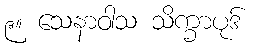
၉။ သေနာဝါသ သိက္ခာပုဒ်